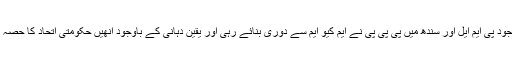
سیاسی محاذ پر مرکز میں موجود پی ایم ایل اور سندھ میں پی پی پی نے ایم کیو ایم سے دوری بنائے رہی اور یقین دہانی کے باوجود انھیں حکومتی اتحاد کا حصہ بننے کی دعوت نہیں دی گئی۔